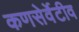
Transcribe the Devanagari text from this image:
कणसेर्वेटीव